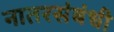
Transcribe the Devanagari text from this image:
नातरसंबंधी